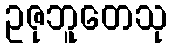
ဥဇုဘူတေသု